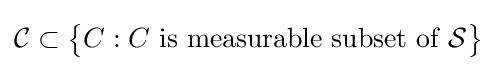
{\mathcal {C}}\subset {\bigl \{}C:C{\text{ is measurable subset of }}{\mathcal {S}}{\bigr \}}